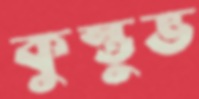
কুস্তুভ